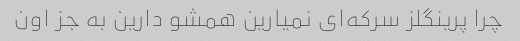
چرا پرینگلز سرکه‌ای نمیارین همشو دارین به جز اون